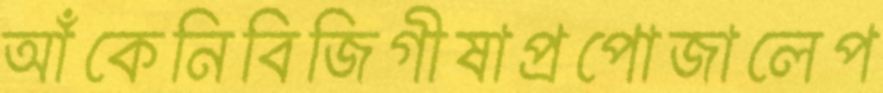
আঁকেনিবিজিগীষাপ্রপোজালেপ